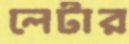
লেটার